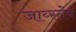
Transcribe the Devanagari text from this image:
जाय्स्तेव